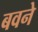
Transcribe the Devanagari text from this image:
बवने